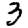
Digit: 3